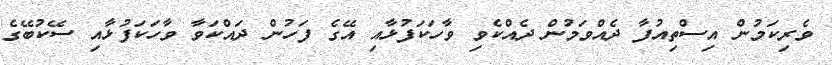
ވެރިކަމުން އިސްތިއުފާ ދެއްވަމުން ދެއްކެވި ވާހަކަފުޅާއި އޭގެ ފަހުން ދައްކަވާ ވާހަކަފުޅާއި ސޭކުބޭގެ